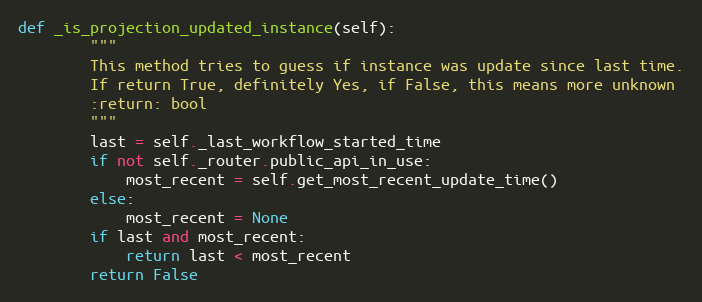
Language: Python
def _is_projection_updated_instance(self):
        """
        This method tries to guess if instance was update since last time.
        If return True, definitely Yes, if False, this means more unknown
        :return: bool
        """
        last = self._last_workflow_started_time
        if not self._router.public_api_in_use:
            most_recent = self.get_most_recent_update_time()
        else:
            most_recent = None
        if last and most_recent:
            return last < most_recent
        return False